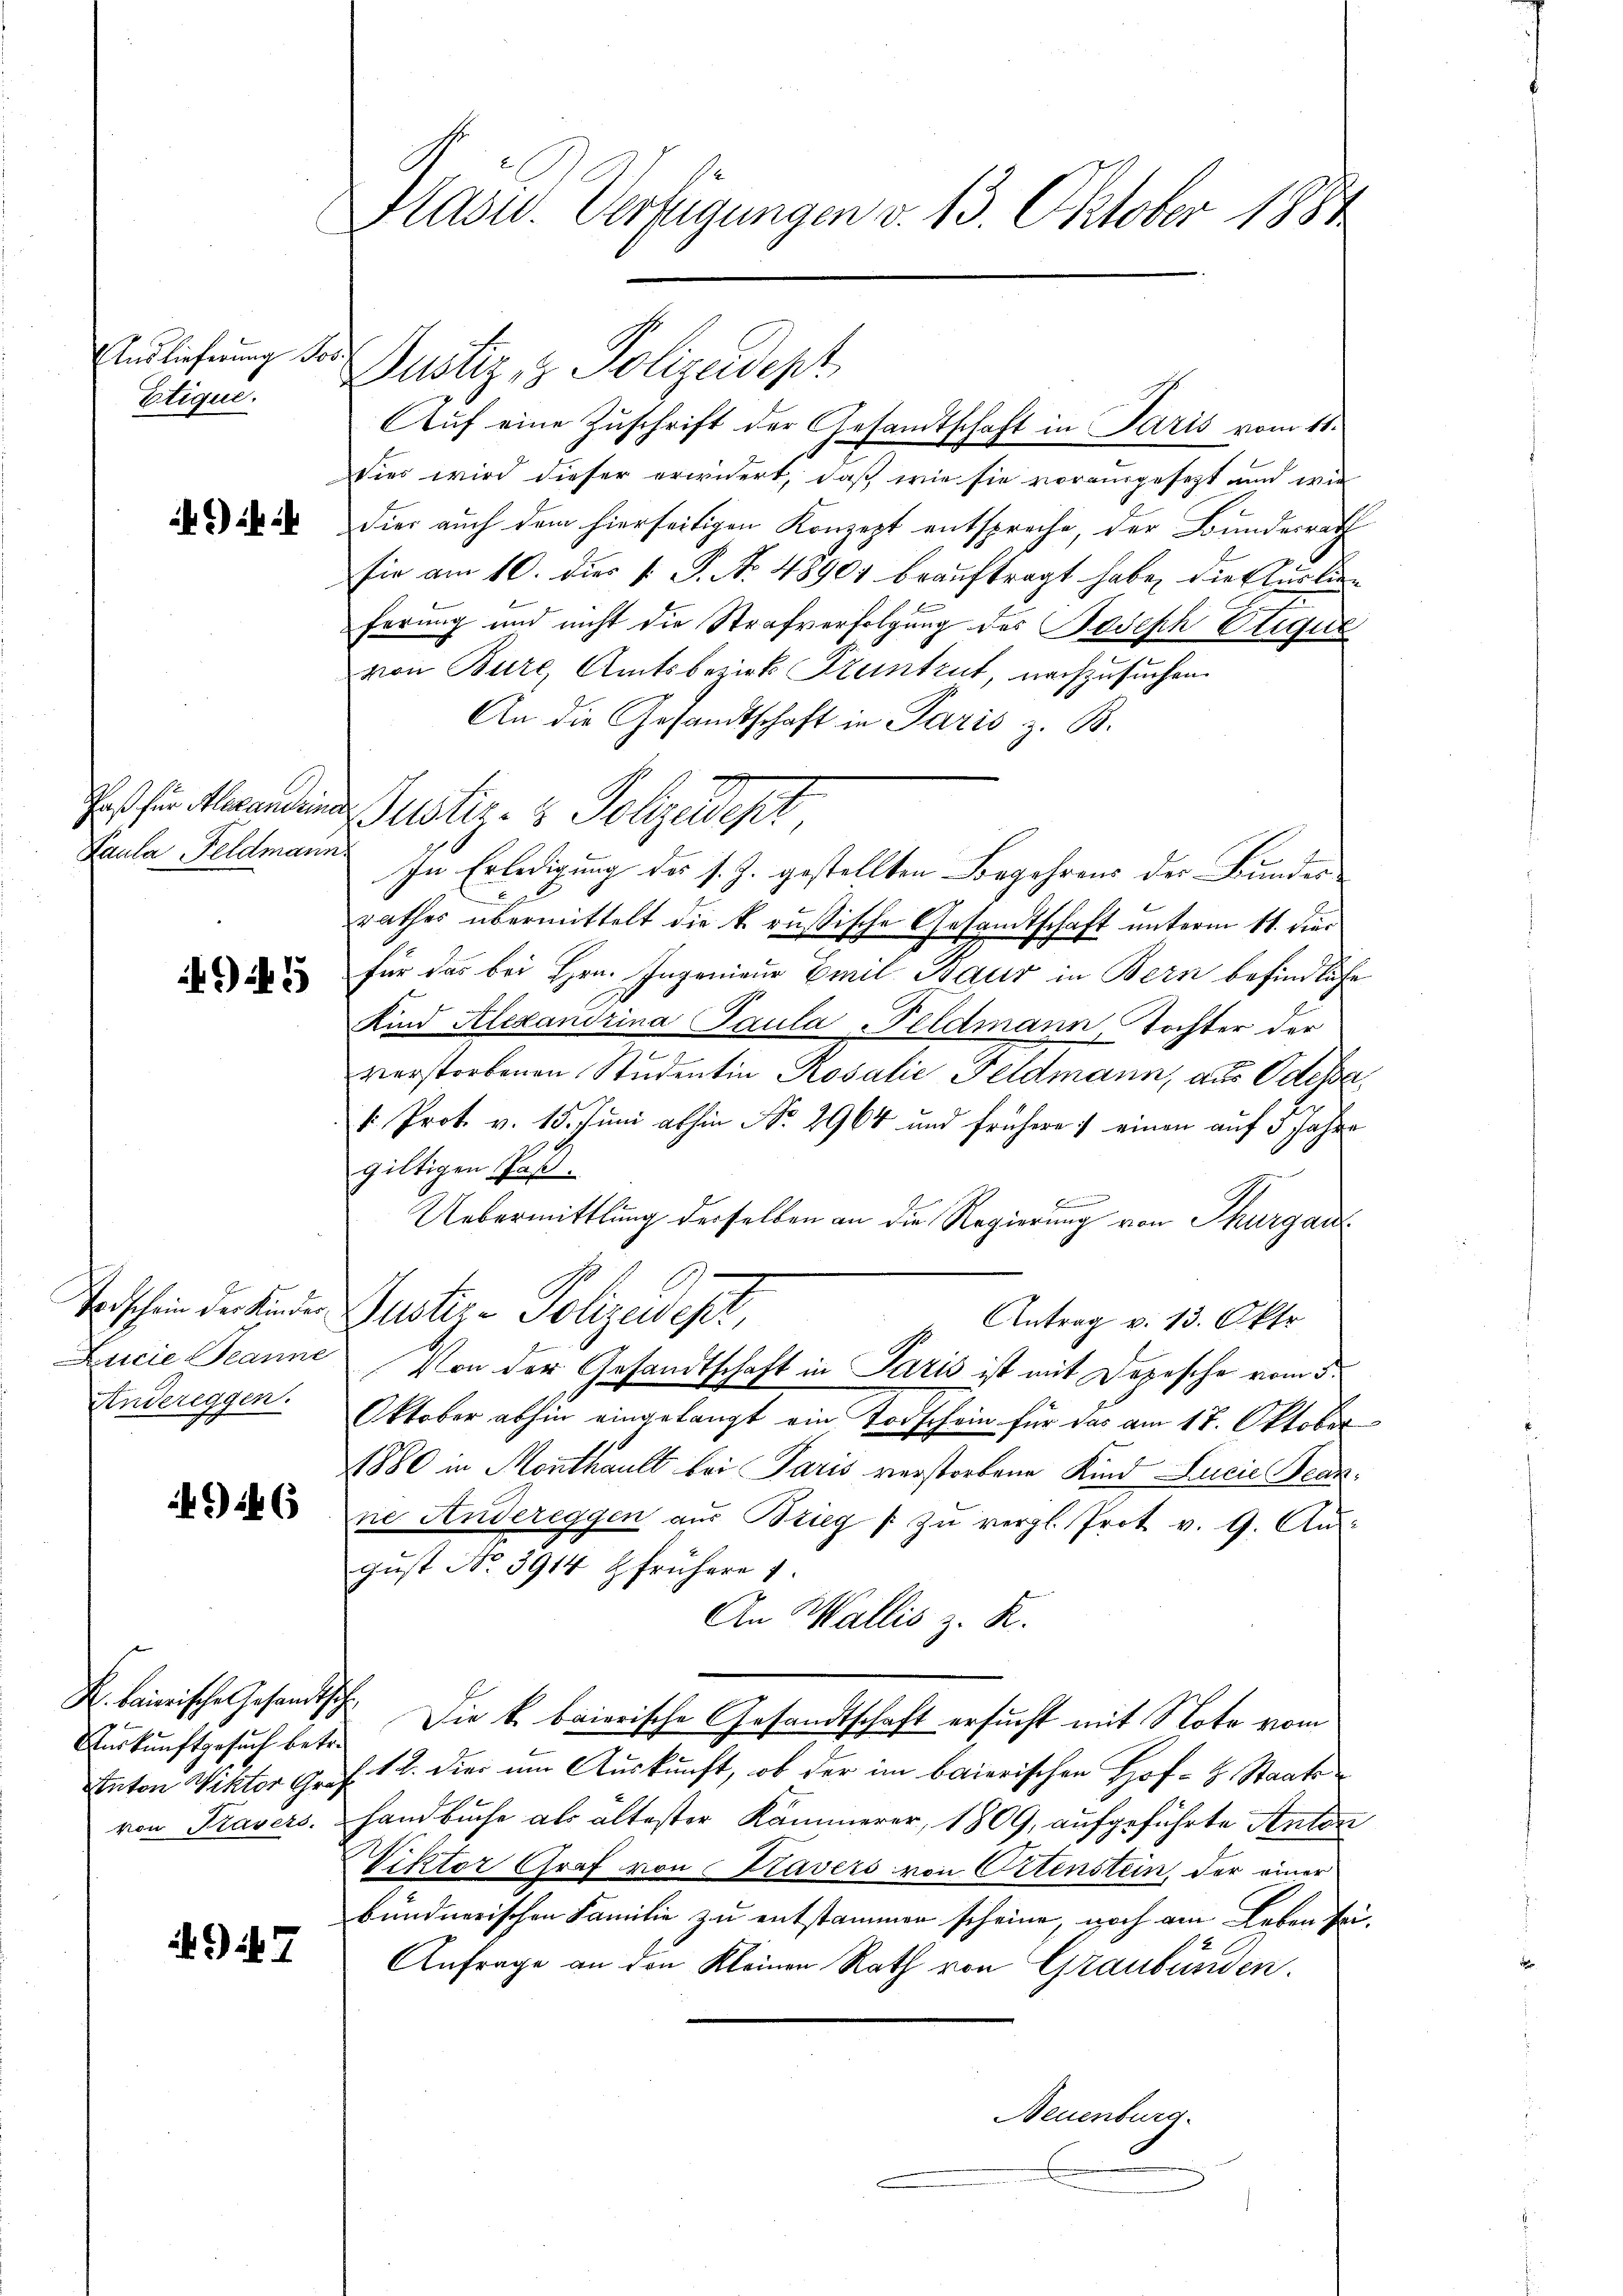
Auslieferung so
Etique.

Paß für Alexandrin
Paula Feldmann

945

Todschein der Kinder
Zucie Jeanne
Andereggen.

i 6

H. Baierische Gesandtsch
Auskunftgesuch betr.
von Kravers.

. . 7

Hlasur. Verfügungen d. 13. Oktober 1884

.
Auf eine Zuschrift der Gesandtschaft in Paris vom 11.
Dies wird dieser erwidert, daß wie sie vorausgesezt und wie
dier auch dem hierseitigen Konzept entspreche, der Bundesrath
sie am 10. dies P. P. N. 48901 beauftragt habe, die Curtien
ferung und nicht die Strafverfolgung des Joseph Etique
von Burc, Amtsbezirk Kruntrut, nachzusuchen.
An die Gesandtschaft in Paris z. B.
ustiz- & Polzedept
In Erledigung des s. Z. gestellten Begehrens der Bundes
rathes übermittelt die k. rußische Gesandtschaft unterm 11. dies
für das bei Hrn. Ingenieur Emil Baur in Bern befindliche
Kind Alexandrina Paula Feldmann, Tochter der
verstorbenen Studentin Rosalie Feldmann, aus Odessa
v. Prot. v. 15. Juni abhin No. 2964 und frühere einen auf 5 Jahre
giltigen Paß.
.
Uebermittlung derselben an die Regierung von Thurgau
Justiz-Polizeidet,
Antrag v. 13. Okto
Von der Gesandtschaft in Paris ist mit Depesche vom 5.
Oktober abhin eingelangt ein Todschein für das am 17. Oktober
1880 in Monthalt bei Paris verstorbene Kind Lucie Bearne Andereggen aus Brieg / zu vergl. Trot v. 9. Au
gust No. 3914 t frühere
An Wallis z. R.
Die k. baierische Gesandtschaft ersucht mit Note vom
Enton Viktor Gro. 12. dies um Auskunft, ob der im baierischen Hof- H. Staats-
Handbuche als ältester Kammerer, 1809, aufgeführte Anton
Viktor Graf von Kavers von Ortenstein, der einer
bundnerischen Familie zu entstammen scheine, noch am Leben sei¬
Anfrage an den Kleinen Rath von Graubünden.
Neuenburg.

ustiz & Polizeidept